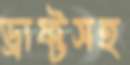
ড্রাফ্টসহ